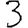
Digit: 3